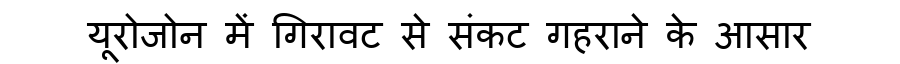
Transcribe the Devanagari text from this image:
यूरोजोन में गिरावट से संकट गहराने के आसार